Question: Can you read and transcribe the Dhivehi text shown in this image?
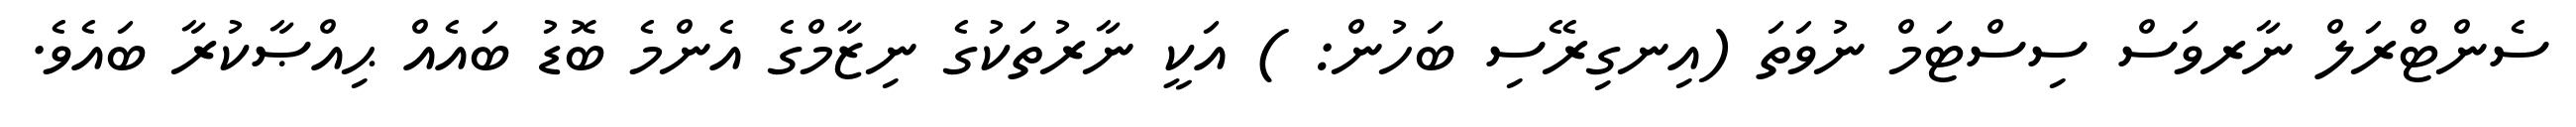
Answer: ސެންޓްރަލް ނާރވަސް ސިސްޓަމް ނުވަތަ (އިނގިރޭސި ބަހުން: ) އަކީ ނާރުތަކުގެ ނިޒާމްގެ އެންމެ ބޮޑު ބައެއް ޙިއްޞާކުރާ ބައެވެ.